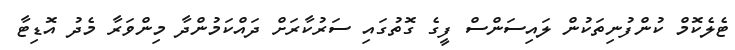
ޓެލެކޮމް ކުންފުނިތަކުން ލައިސަންސް ފީގެ ގޮތުގައި ސަރުކާރަށް ދައްކަމުންދާ މިންވަރާ މެދު އޮޑިޓާ